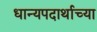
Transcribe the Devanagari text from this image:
धान्यपदार्थाच्या